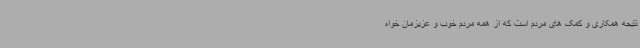
نتیجه همکاری و کمک های مردم است که از همه مردم خوب و عزیزمان خواه